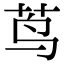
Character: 茑